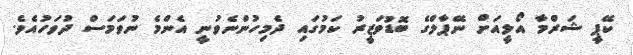
ކޭޕީ ޝަރްމާ އޯލީއަށް ނޭޕާލްގެ ބޮޑުވަޒީރު ކަމުގައި ދެމިހުންނެވުނީ އެންމެ ނުވަމަސް ދުވަހުއެވެ.